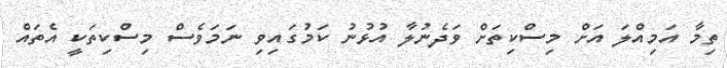
ތިމާ އަމިއްލަ އަށް މިސްކިތަށް ވަދެނުލާ އުޅުނު ކަމުގައިވި ނަމަވެސް މިސްކިތަކީ އެތައް